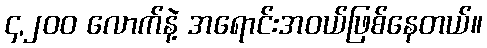
၄,၂၀၀ လောက်နဲ့ အရောင်းအဝယ်ဖြစ်နေတယ်။